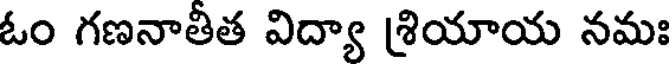
ఓం గణనాతిత విద్యా శ్రియాయ నమః